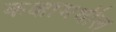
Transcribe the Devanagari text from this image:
कक्षामधील